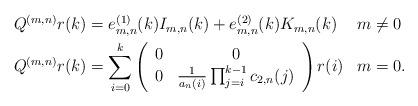
LaTeX: \begin{align*}\begin{aligned}Q^{(m,n)}r(k) &= e_{m,n}^{(1)}(k)I_{m,n}(k) + e_{m,n}^{(2)}(k)K_{m,n}(k) && m\neq 0 \\Q^{(m,n)}r(k) &= \sum_{i=0}^k \left(\begin{array}{cc}0 & 0 \\0 & \frac{1}{a_{n}(i)}\prod_{j=i}^{k-1} c_{2,n}(j)\end{array}\right)r(i)&& m=0.\end{aligned}\end{align*}